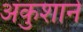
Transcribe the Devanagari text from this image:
अंकुशाने